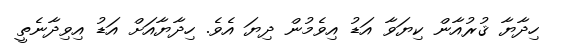
ހިދާޔާ ޤުރުއާން ކިޔަވާ އަޑު އިވެމުން ދިޔަ އެވެ. ހިދާޔާއަށް އަޑު އިވިދާނެތީ